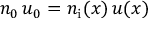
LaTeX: n _ { 0 } \, u _ { 0 } = n _ { \mathrm { i } } ( x ) \, u ( x )